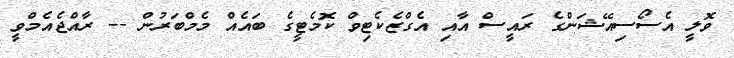
ވޮލީ އެސޯސިއޭޝަންގެ ރައީސް އާއި އެގްޒެކެޓިވް ކޮމެޓީގެ ބައެއް މެމްބަރުން -- ރާއްޖެއެމްވީ